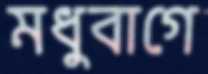
মধুবাগে